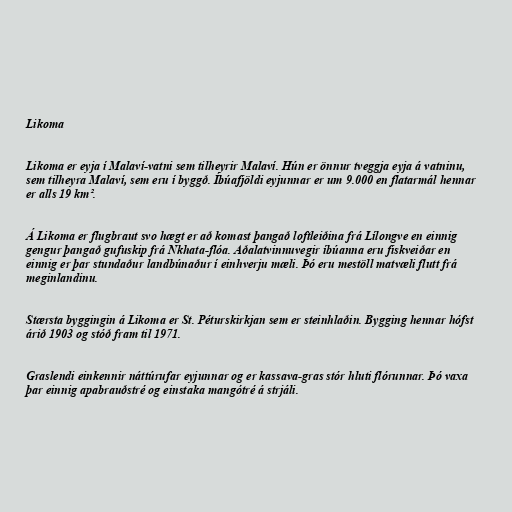
Likoma

Likoma er eyja í Malaví-vatni sem tilheyrir Malaví. Hún er önnur tveggja eyja á vatninu,
sem tilheyra Malaví, sem eru í byggð. Íbúafjöldi eyjunnar er um 9.000 en flatarmál hennar
er alls 19 km².

Á Likoma er flugbraut svo hægt er að komast þangað loftleiðina frá Lílongve en einnig
gengur þangað gufuskip frá Nkhata-flóa. Aðalatvinnuvegir íbúanna eru fiskveiðar en
einnig er þar stundaður landbúnaður í einhverju mæli. Þó eru mestöll matvæli flutt frá
meginlandinu.

Stærsta byggingin á Likoma er St. Péturskirkjan sem er steinhlaðin. Bygging hennar hófst
árið 1903 og stóð fram til 1971.

Graslendi einkennir náttúrufar eyjunnar og er kassava-gras stór hluti flórunnar. Þó vaxa
þar einnig apabrauðstré og einstaka mangótré á strjáli.